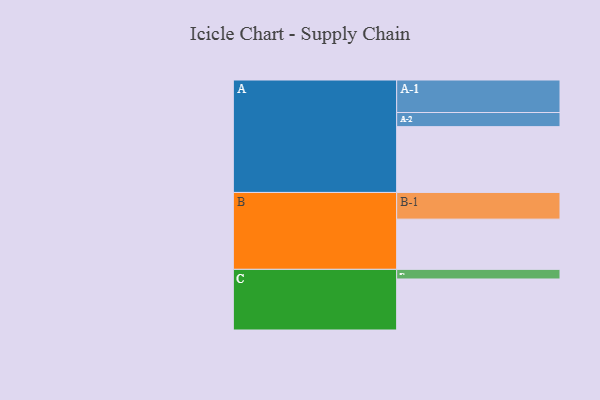
{"axis": {"x": "Segment", "y": "Value"}, "legend": ["", "A", "B", "C"], "data": [{"x": "A", "y": 498, "type": ""}, {"x": "B", "y": 380, "type": ""}, {"x": "C", "y": 386, "type": ""}, {"x": "A-1", "y": 246, "type": "A"}, {"x": "A-2", "y": 107, "type": "A"}, {"x": "B-1", "y": 202, "type": "B"}, {"x": "C-1", "y": 73, "type": "C"}]}